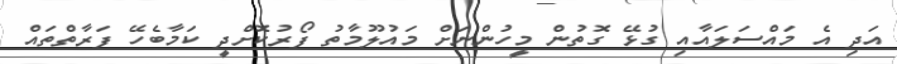
އަދި އެ މައްސަލައާއި ގުޅޭ ގޮތުން މީހުންނަށް މައުލޫމާތު ފޯރުކޮށްދީ ކަމާބެހޭ ފަރާތްތައް